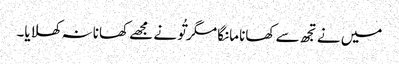
میں نے تجھ سے کھانا مانگا مگر تُو نے مجھے کھانا نہ کھلایا۔